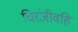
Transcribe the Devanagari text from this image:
चिरंजीवहि